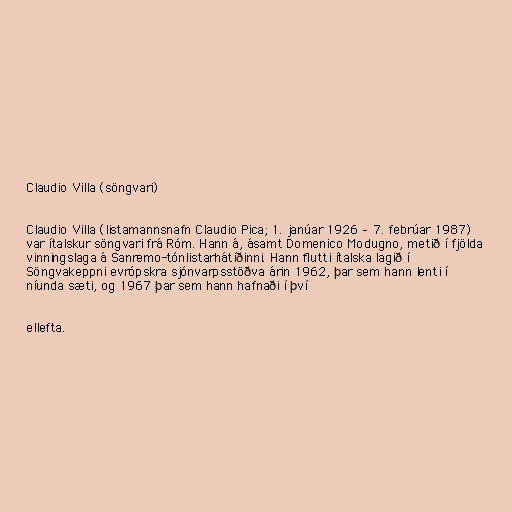
Claudio Villa (söngvari)

Claudio Villa (listamannsnafn Claudio Pica; 1. janúar 1926 – 7. febrúar 1987)
var ítalskur söngvari frá Róm. Hann á, ásamt Domenico Modugno, metið í fjölda
vinningslaga á Sanremo-tónlistarhátíðinni. Hann flutti ítalska lagið í
Söngvakeppni evrópskra sjónvarpsstöðva árin 1962, þar sem hann lenti í
níunda sæti, og 1967 þar sem hann hafnaði í því

ellefta.